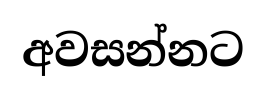
අවසන්නට